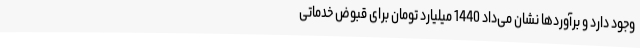
وجود دارد و برآوردها نشان می‌داد 1440 میلیارد تومان برای قبوض خدماتی